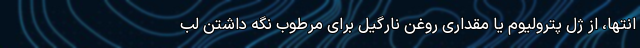
انتها، از ژل پترولیوم یا مقداری روغن نارگیل برای مرطوب نگه داشتن لب